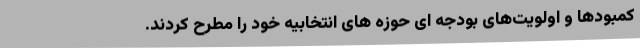
کمبودها و اولویت‌های بودجه ای حوزه های انتخابیه خود را مطرح کردند.